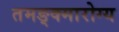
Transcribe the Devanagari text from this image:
तमङ्क्मारोग्य